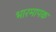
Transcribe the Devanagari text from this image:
भारमापक